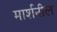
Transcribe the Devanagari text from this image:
मार्शनील